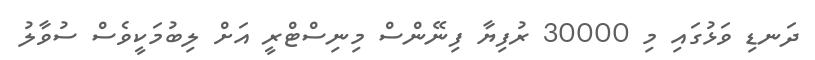
ދަނޑި ވަޅުގައި މި 30000 ރުފިޔާ ފިނޭންސް މިނިސްޓްރީ އަށް ލިބުމަކީވެސް ސުވާލު